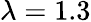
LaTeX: \lambda=1.3